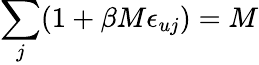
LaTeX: \sum_{j}(1+\beta M\epsilon_{uj})=M